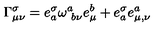
\Gamma _ { \mu \nu } ^ { \sigma } = e _ { a } ^ { \sigma } \omega _ { \ b \nu } ^ { a } e _ { \mu } ^ { b } + e _ { a } ^ { \sigma } e _ { \mu , \nu } ^ { a }